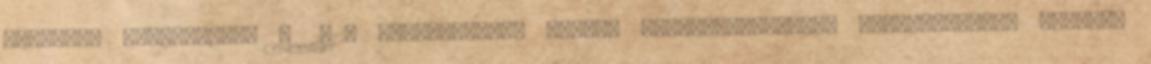
Orvoslás Akupunktúra : 2012. Licencvizsga -Pécsi Tudományegyetem. Postgradualis képzés: